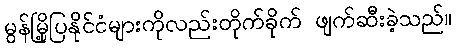
မွန်မြို့ပြနိုင်ငံများကိုလည်းတိုက်ခိုက် ဖျက်ဆီးခဲ့သည်။